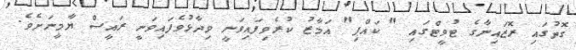
ގޮތުގައި ރޮޒައިނާގެ ޓުވީޓްގައި " ކައްޕި" އަމާޒު ކުރެވިފައިވަަނީ ވިދާޅުވެފައިވަނީ ރައީސް ޔާމީނަށެވެ.